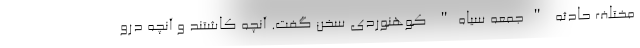
مختلف حادثه "جمعه سیاه" کوهنوردی سخن گفت. آنچه کاشتند و آنچه درو